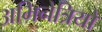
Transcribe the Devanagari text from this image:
अभिनेत्रियो